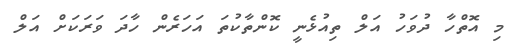
މި އޮތްހާ ދުވަހު އަލް ތިއުޅެނީ ކޮންތާކުތަ އަހަރެން ހާދަ ވަރަކަށް އަލް